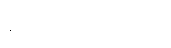
ဘောလုံးပွဲများကို